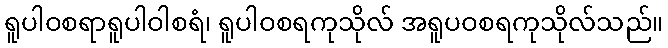
ရူပါဝစရာရူပါဝါစရံ၊ ရူပါဝစရကုသိုလ် အရူပဝစရကုသိုလ်သည်။